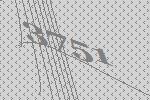
3751